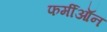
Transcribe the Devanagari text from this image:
फर्मीऑन